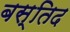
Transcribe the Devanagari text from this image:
बस्तिद